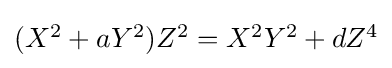
{\textstyle (X^{2}+aY^{2})Z^{2}=X^{2}Y^{2}+dZ^{4}}